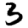
Digit: 3